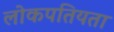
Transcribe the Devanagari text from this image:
लोकपतियता